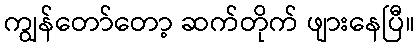
ကျွန်တော်တော့ ဆက်တိုက် ဖျားနေပြီ။